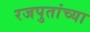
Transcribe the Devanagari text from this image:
रजपुतांच्या